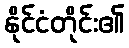
နိုင်ငံတိုင်း၏